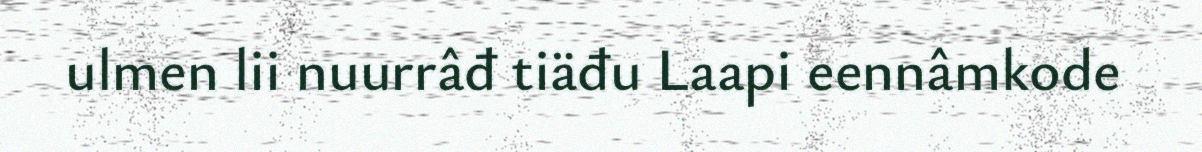
ulmen lii nuurrâđ tiäđu Laapi eennâmkode